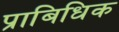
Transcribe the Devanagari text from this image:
प्राबिधिक